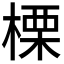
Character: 𣗖